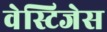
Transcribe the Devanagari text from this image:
वेस्टिजेस